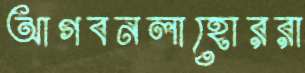
আগবনলাহোররা